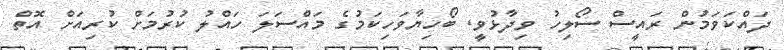
ދައްކަވަމުން ރައީސް ސޯލިހު ވިދާޅުވީ